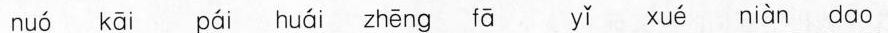
nuó kāi pái huái zhēng fā yǐ xué niàn dao